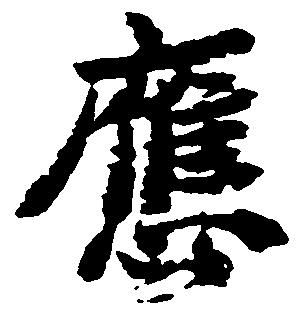
応